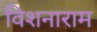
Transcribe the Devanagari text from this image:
विशनाराम